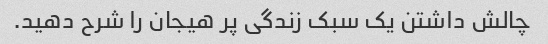
چالش داشتن یک سبک زندگی پر هیجان را شرح دهید.